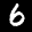
Label: 6